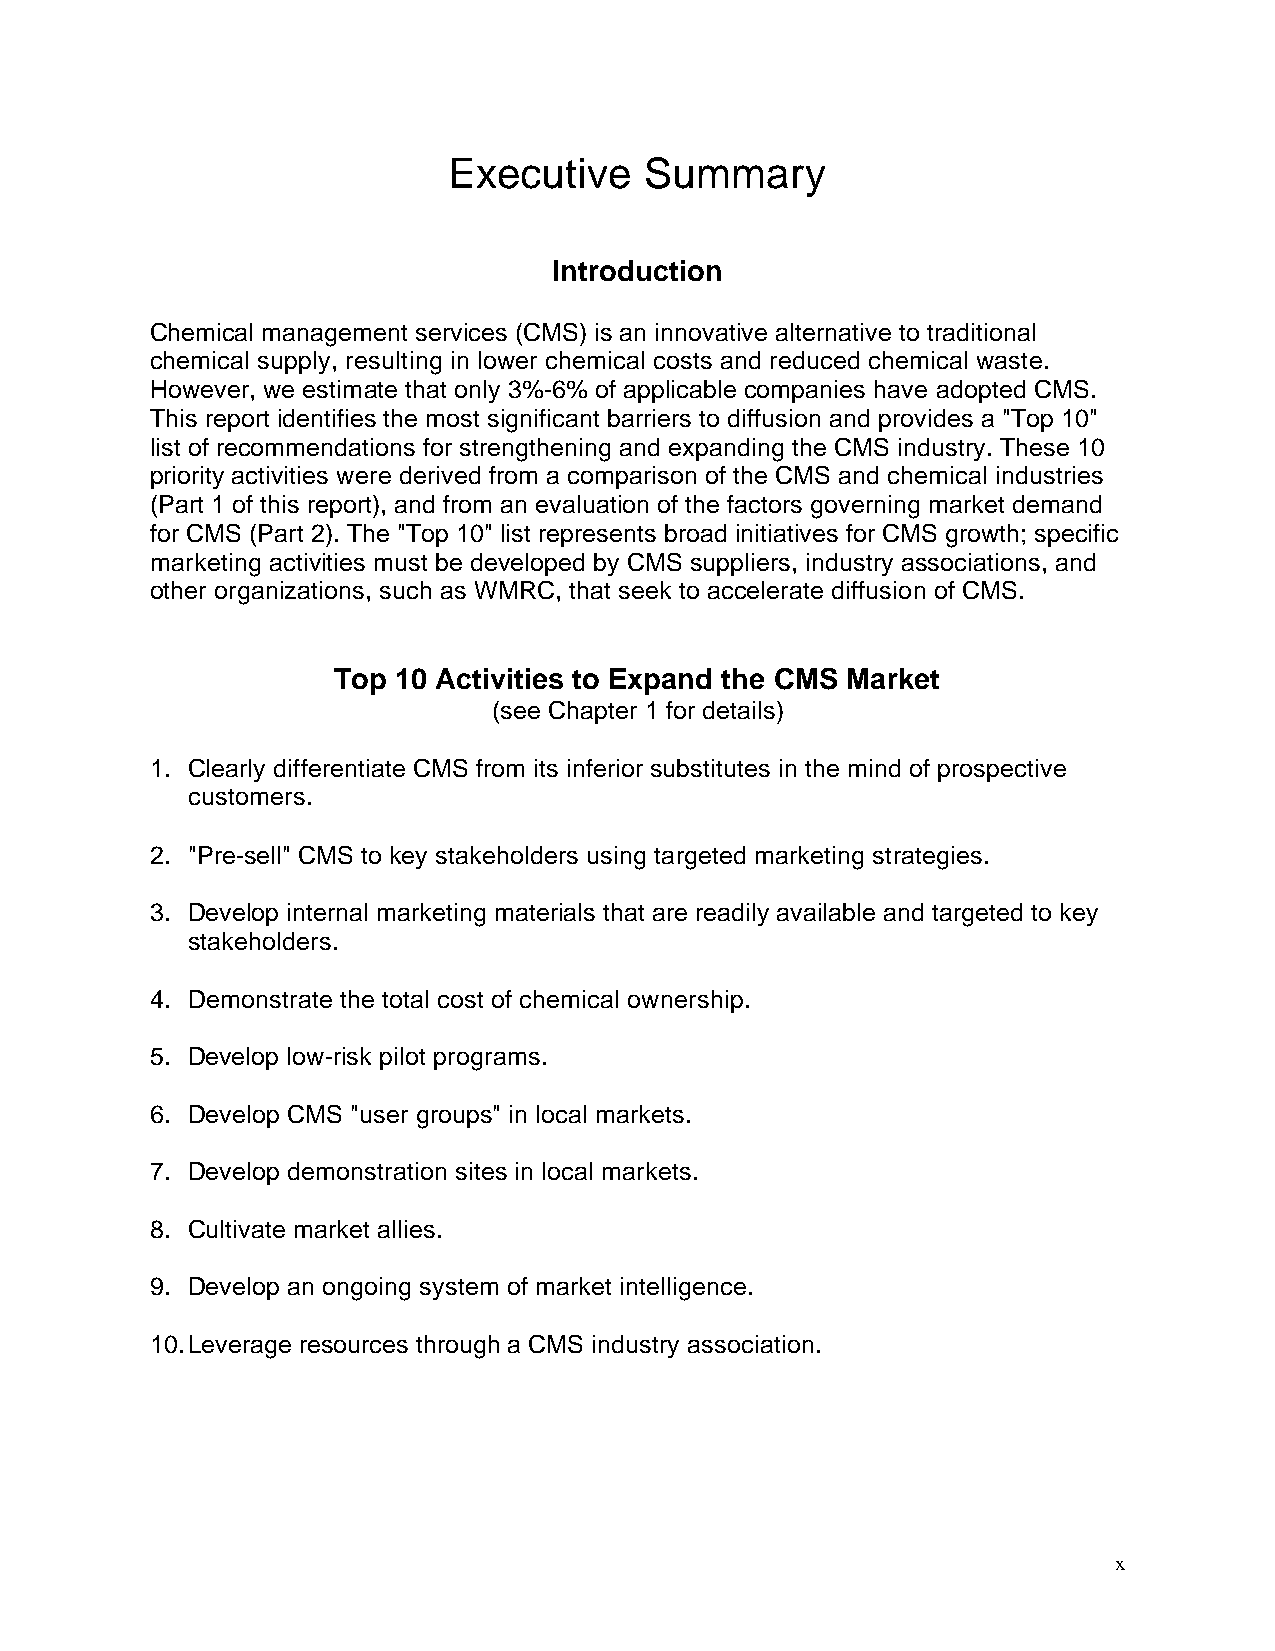
Executive    Summary
 Introduction
 Chemical management services (CMS) is an innovative alternative to traditional
 chemical supply, resulting in lower chemical costs and reduced chemical waste.
 However, we estimate that only 3%-6% of applicable companies have adopted CMS.
 This report identifies the most significant barriers to diffusion and provides a "Top 10"
 list of recommendations for strengthening and expanding the CMS industry. These 10
 priority activities were derived from a comparison of the CMS and chemical industries
 (Part 1 of this report), and from an evaluation of the factors governing market demand
 for CMS (Part 2). The "Top 10" list represents broad initiatives for CMS growth; specific
 marketing activities must be developed by CMS suppliers, industry associations, and
 other organizations, such as WMRC, that seek to accelerate diffusion of CMS.
 Top 10 Activities to Expand the CMS Market
 (see Chapter 1 for details)
 1. Clearly differentiate CMS from its inferior substitutes in the mind of prospective
 customers.
 2. "Pre-sell" CMS to key stakeholders using targeted marketing strategies.
 3. Develop internal marketing materials that are readily available and targeted to key
 stakeholders.
 4. Demonstrate the total cost of chemical ownership.
 5. Develop low-risk pilot programs.
 6. Develop CMS "user groups" in local markets.
 7. Develop demonstration sites in local markets.
 8. Cultivate market allies.
 9. Develop an ongoing system of market intelligence.
 10. Leverage resources through a CMS industry association.
 x